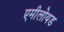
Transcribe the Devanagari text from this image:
एमीलोयड